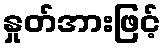
နှုတ်အားဖြင့်